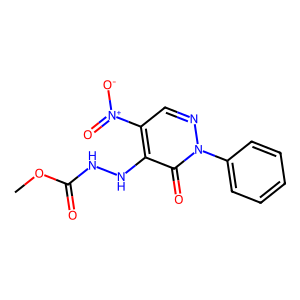
SMILES: COC(=O)NNc1c([N+](=O)[O-])cnn(-c2ccccc2)c1=O
Inhibits HIV replication: No